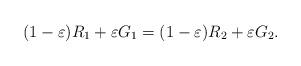
LaTeX: \begin{align*} (1-\varepsilon)R_1 + \varepsilon G_1 = (1-\varepsilon)R_2+\varepsilon G_2.\end{align*}